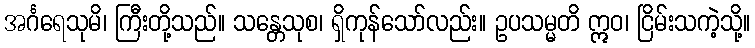
အင်္ဂရေသုမိ၊ ကြီးတို့သည်။ သန္တေသုစ၊ ရှိကုန်သော်လည်း။ ဥပသမ္မတိ ဣဝ၊ ငြိမ်းသကဲ့သို့။